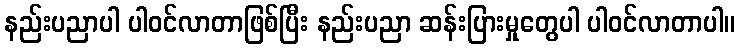
နည်းပညာပါ ပါဝင်လာတာဖြစ်ပြီး နည်းပညာ ဆန်းပြားမှုတွေပါ ပါဝင်လာတာပါ။